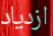
ازدياد